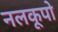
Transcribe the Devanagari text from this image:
नलकूपो